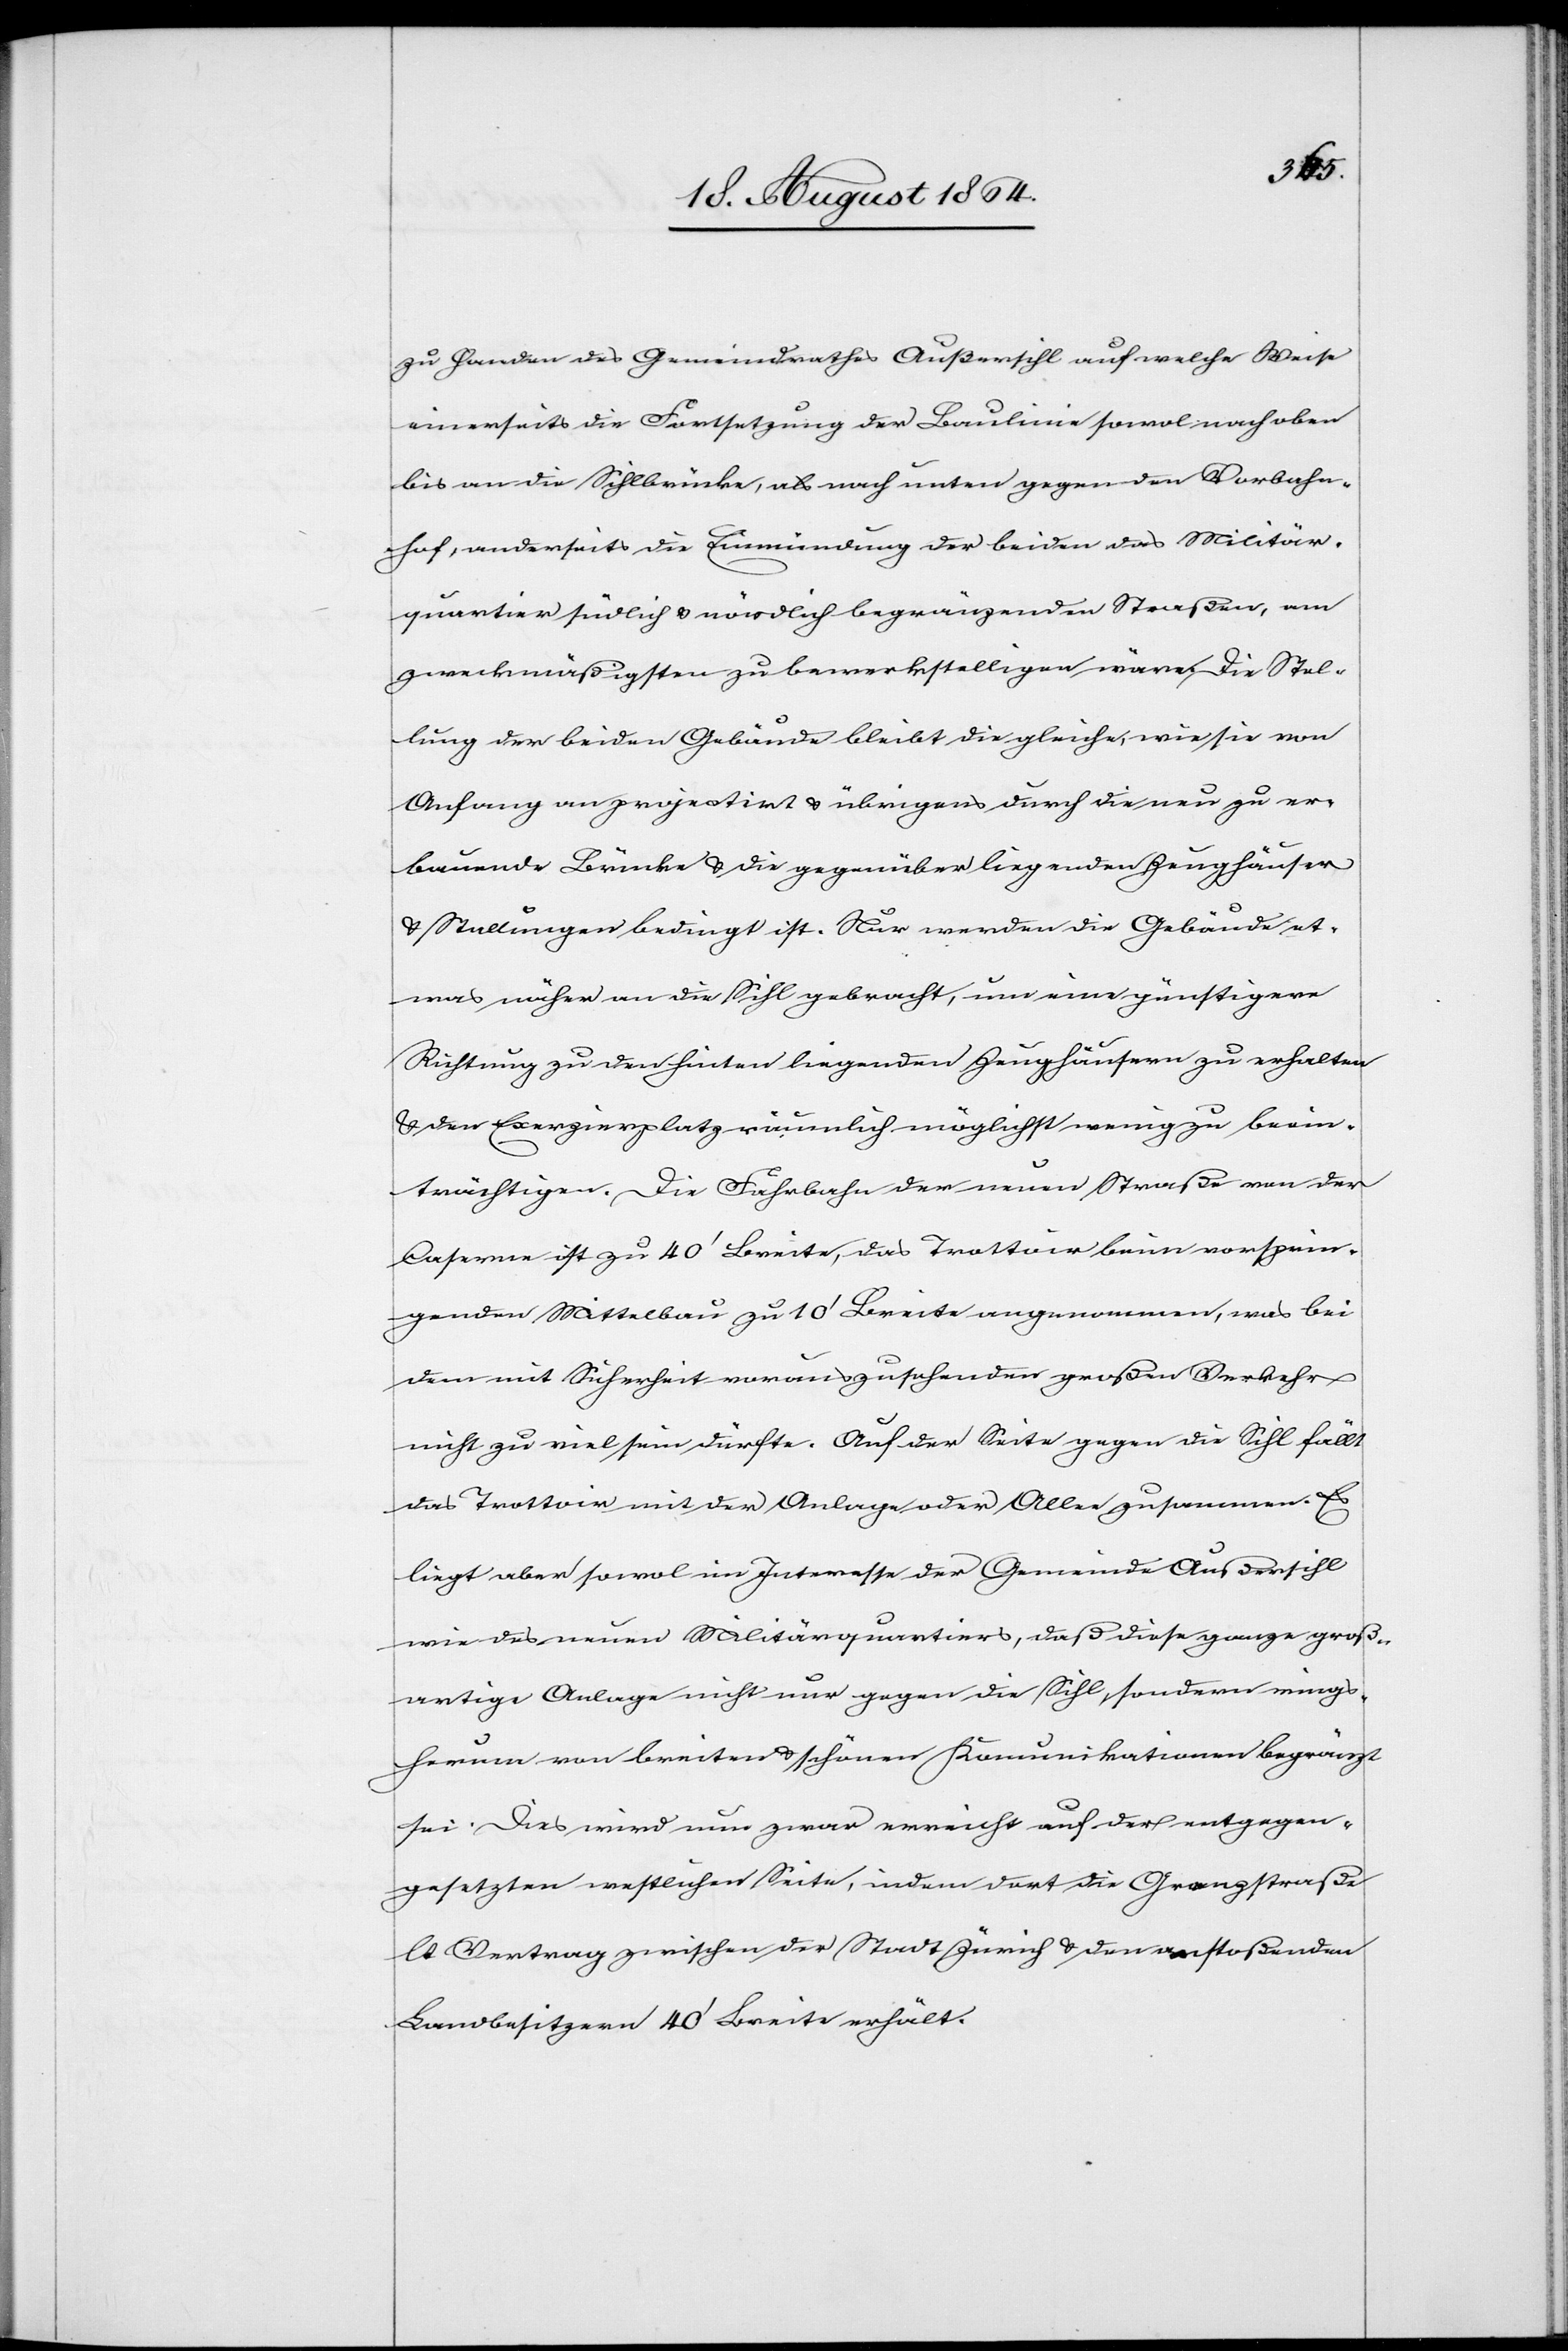
zu Handen des Gemeindrathes Außersihl auf welche Weise
einerseits die Fortsetzung der Baulinie sowol nach oben
bis an die Sihlbrücke, als nach unten gegen den Vorbahn¬
hof, anderseits die Einmündung der beiden das Militär¬
quartier südlich & nördlich begränzenden Straßen, am
zweckmäßigsten zu bewerkstelligen wäre. Die Stel¬
lung der beiden Gebäude bleibt die gleiche, wie sie von
Anfang an projectirt & übrigens durch die neu zu er¬
bauende Brücke & die gegenüber liegenden Zeughäuser
& Stallungen bedingt ist. Nur werden die Gebäude et¬
was näher an die Sihl gebracht, um eine günstigere
Richtung zu den hinten liegenden Zeughäusern zu erhalten
& den Exerzierplatz räumlich möglichst wenig zu beein¬
trächtigen. Die Fahrbahn der neuen Straße von
Caserne ist zu 40’ Breite, das Trottoir beim vorsprin¬
genden Mittelbau zu 10’ Breite angenommen, was bei
dem mit Sicherheit vorauszusehenden großen Verkehr
nicht zu viel sein dürfte. Auf der Seite gegen die Sihl fällt
das Trottoir mit der Anlage der Allee zusammen. Es
liegt aber sowol im Interesse der Gemeinde Außersihl
wie des neuen Militärquartiers, daß diese ganze groß¬
artige Anlage nicht nur gegen die Sihl, sondern rings¬
herum von breiten & schönen Kommunikationen begränzt
sei. Dies wird nun zwar erreicht auf der entgegen¬
gesetzten westlichen Seite, indem dort die Grenzstraße
lt. Vertrag zwischen der Stadt Zürich & den anstossenden
Landbesitzern 40’ Breite erhält.